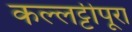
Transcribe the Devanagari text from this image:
कल्लट्टीपूरा